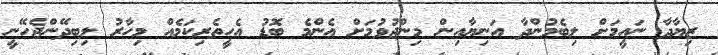
ޒިޔާދާ ނައީމަށް ލިބެމުންދާ އަނިޔާއިން މިންޖުވުމަށް އެންމެ ބޮޑު އެހީތެރިކަމެއް މިހާރު ލިބިދޭންޖެހޭނީ